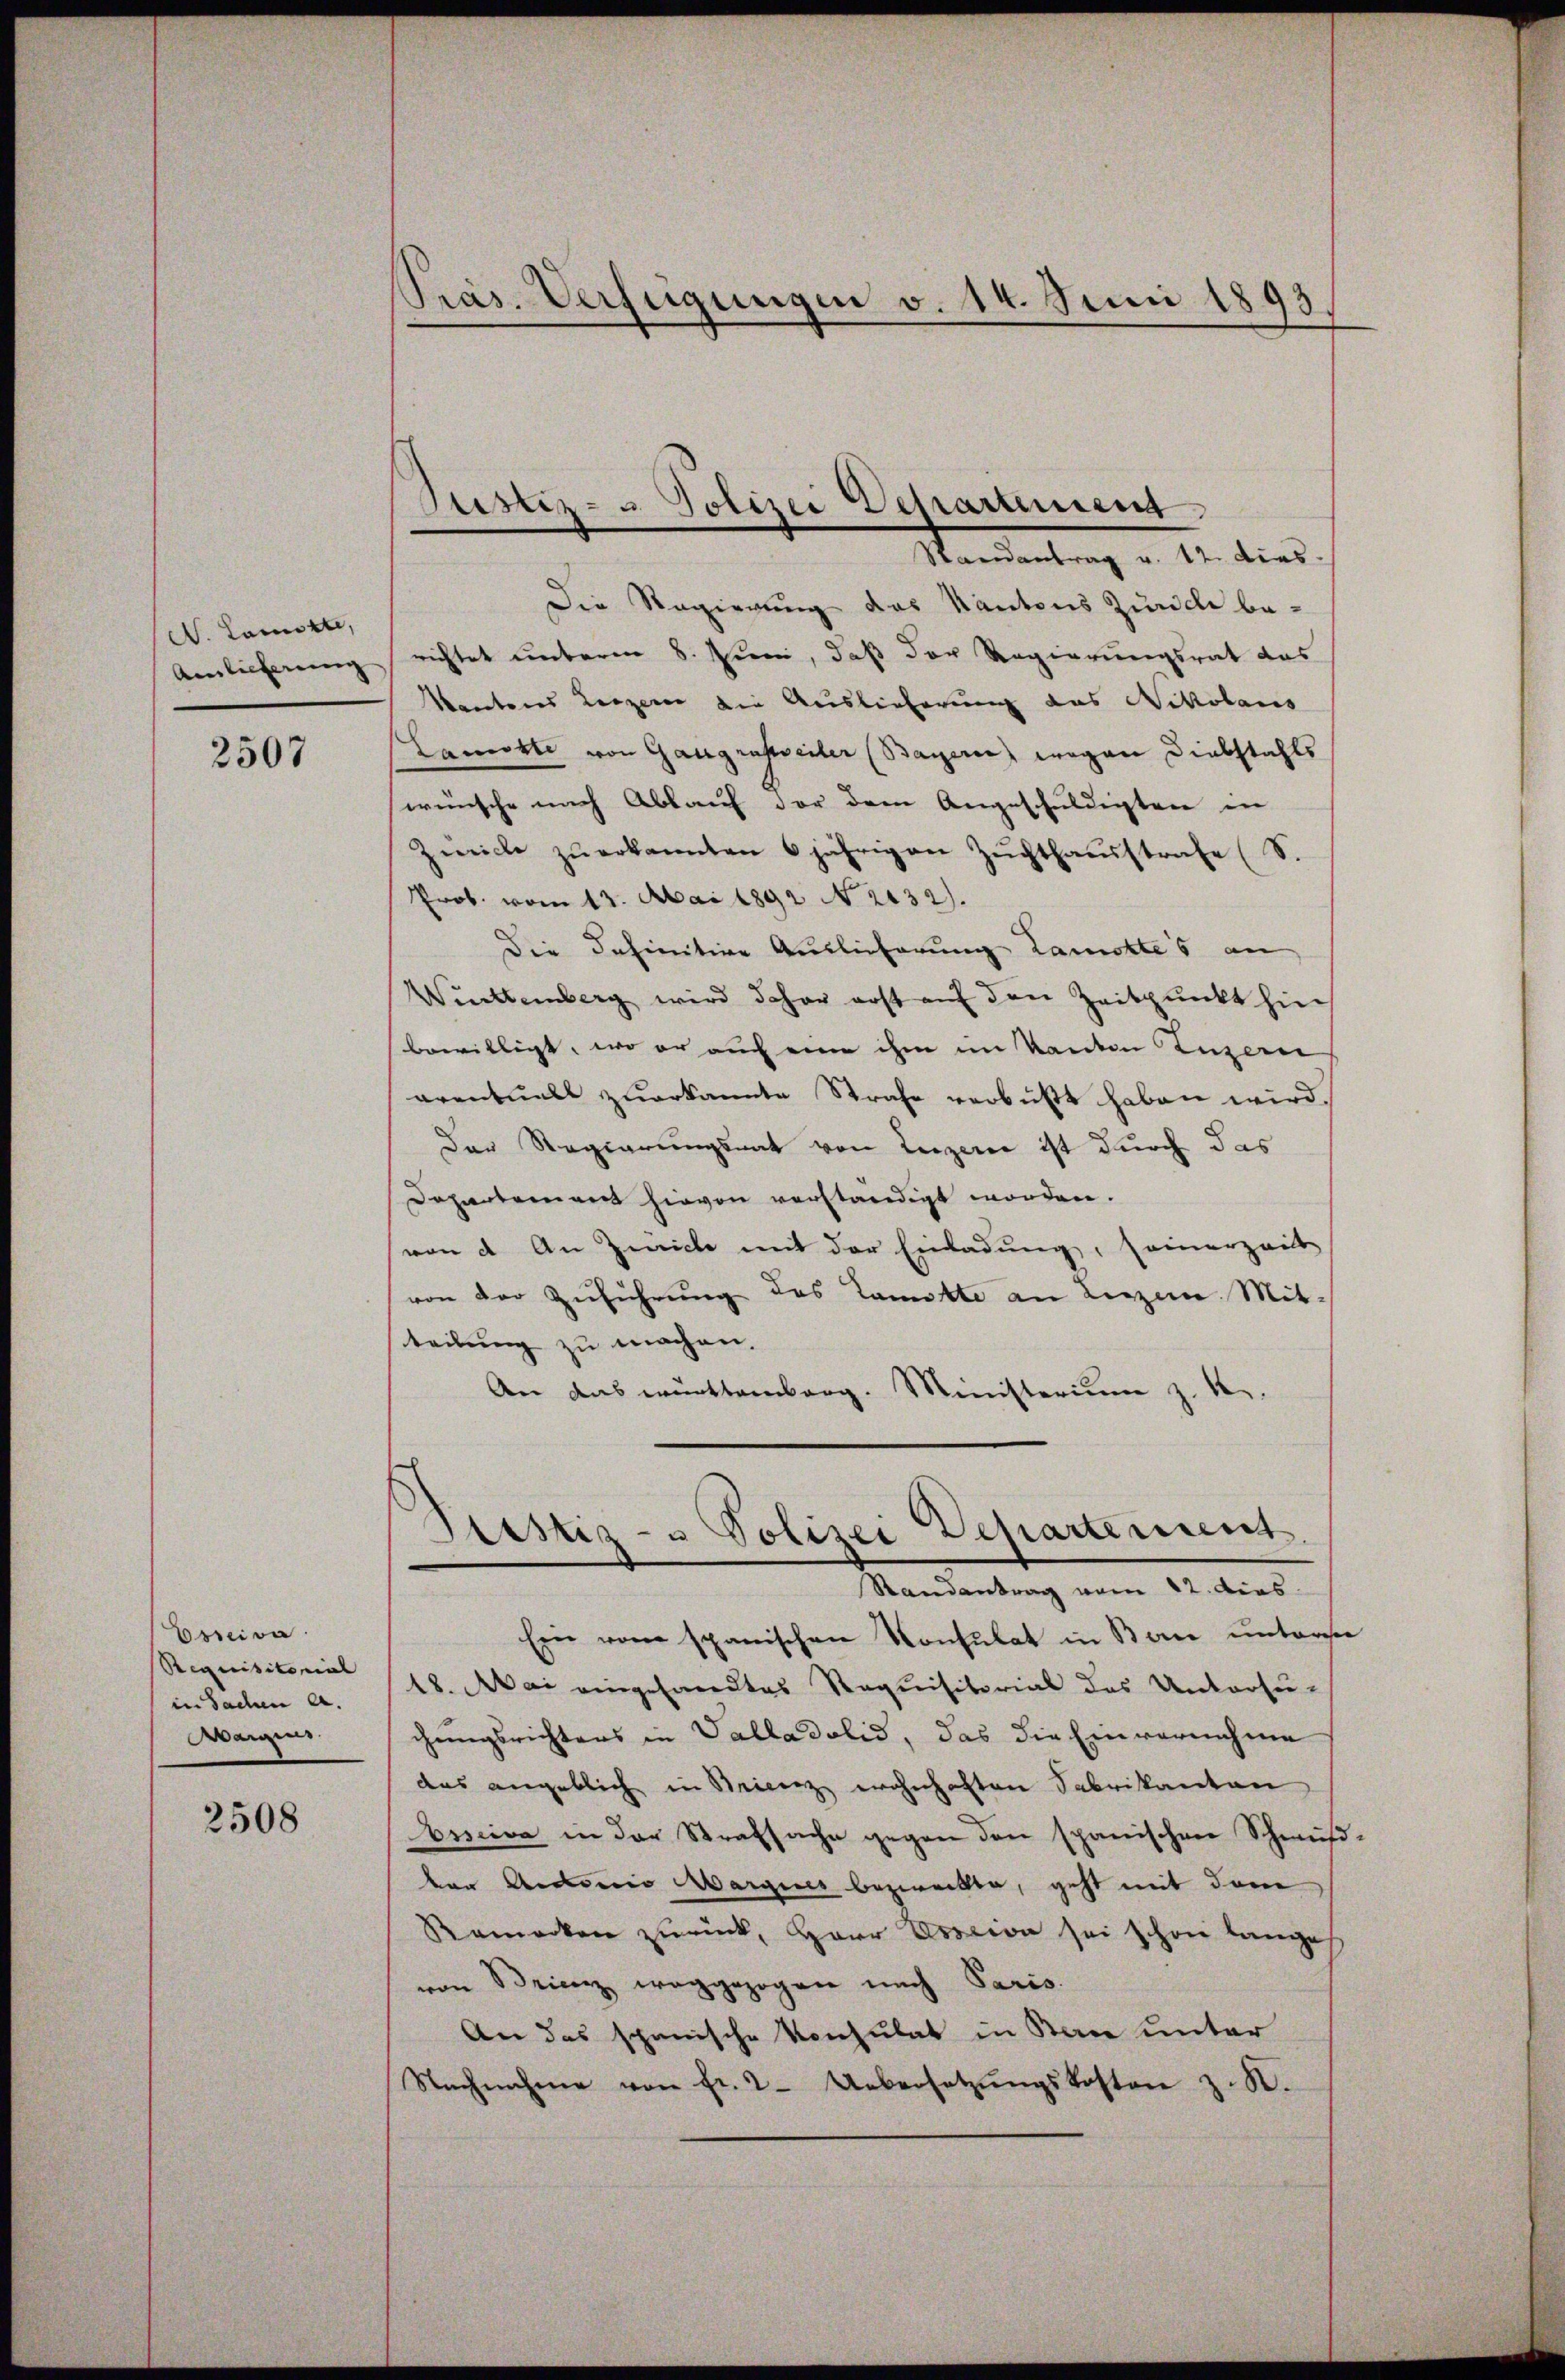
N. Lamikte,

2507

Coseiva
Requisitorial
in Sachen A.
Maigens

2508

Die Regierung das Kantons Zürich be¬
Aenlicherung richtet unterm 8. Juni, daß der Regierungsrat das
Manteres Liezerer die Auslieferung das Wekolaus
Lamorte von Gaugrusteiler (Bayerne wegen Diebstahls
wünsche nach Ablauf der dem Angeschuldigten in
Zürich zŭ erkannten 6 jährigen Zŭchthaŭsstrafe (S.
Prob. vom 13. Mai 1892 N. 2132).
Die Insinitive Auslieferung Lancktes an
Württemberg wird daher erst auf den Zeitpunkt hin
bewilligt, wo er auch eine ihm im Kanton Luzern
aventuell zuerkannte Strafe verbüßt haben wird.
Der Regierungsrat von Luzerne ist durch das
Departement hievon verständigt worden.
von d. An Zwicke mit der Einladung, seinerzeit
von der Zuführung des Comitte an Luzern Mitteilung zu machen.
An das württemberg. Ministerium z. B.

Pras. Verfügungen v. 14. Juni 1893.

Justiz- u Polizei Departement
Randantrag v. 12. dies

Sistiz- u Polizei Departement
Randantrag vom 22. dies

Ein vom spanischen Konsulat in Bau unterste
18. Mai eingesaredtes Requisitorial des Untersu-
chungsrichters in Valladolid, das die Einvernehme
das angeblich in Seinenz wohnhaften Fabrikanton
bisciva in der Strafsache gegen den spanischen Schwuß-
ber Antricio Margines bezweckte, geht mit dem
Remarken zurück, Herr Esscion sei schon langes
von Brienz weggezogen nach Paris.
An das spanische Konsulat in Bau unter
Nachnahme von fr. 2. Uebersetzŭngskosten z. B.